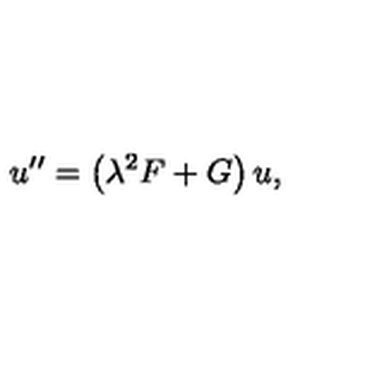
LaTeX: u ^ { \prime \prime } = \left( \lambda ^ { 2 } F + G \right) u ,